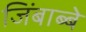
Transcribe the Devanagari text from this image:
जिंबाब्बे